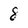
Character: 8